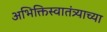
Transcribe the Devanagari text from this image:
अभिक्तिस्वातंत्र्याच्या